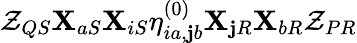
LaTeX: \mathcal{Z}_{QS}\mathbf{X}_{aS}\mathbf{X}_{iS}\eta_{ia,\mathbf{j}b}^{(0)}\mathbf{X}_{\mathbf{j}R}\mathbf{X}_{bR}\mathcal{Z}_{PR}